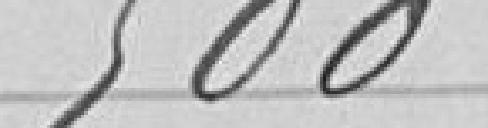
500